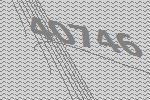
40746